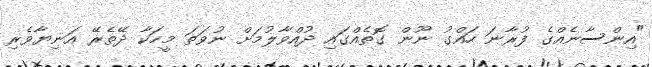
"އިންސާނެއްގެ ފުރާނަ ހައްގު ނޫން ގޮތެއްގައި ދުއްވާލުމަށް ނުވަތަ މީހަކާ ދޭތެރޭ އަނިޔާވެރި